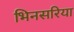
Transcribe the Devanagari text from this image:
भिनसरिया